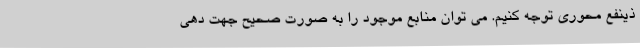
ذینفع محوری توجه کنیم. می توان منابع موجود را به صورت صحیح جهت دهی